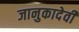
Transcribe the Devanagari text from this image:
जानुकादेवी